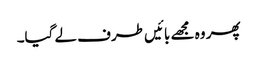
پھر وہ مجھے بائیں طرف لے گیا۔